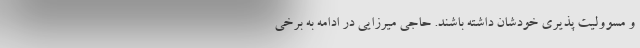
و مسوولیت پذیری خودشان داشته باشند. حاجی میرزایی در ادامه به برخی